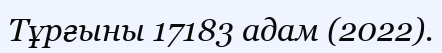
Тұрғыны 17183 адам (2022).